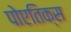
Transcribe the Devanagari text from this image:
पोएतिक्स